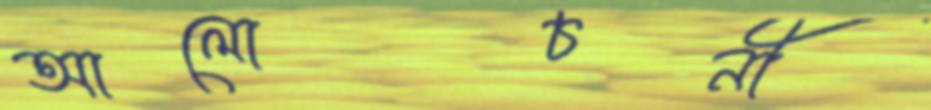
আলোচনী